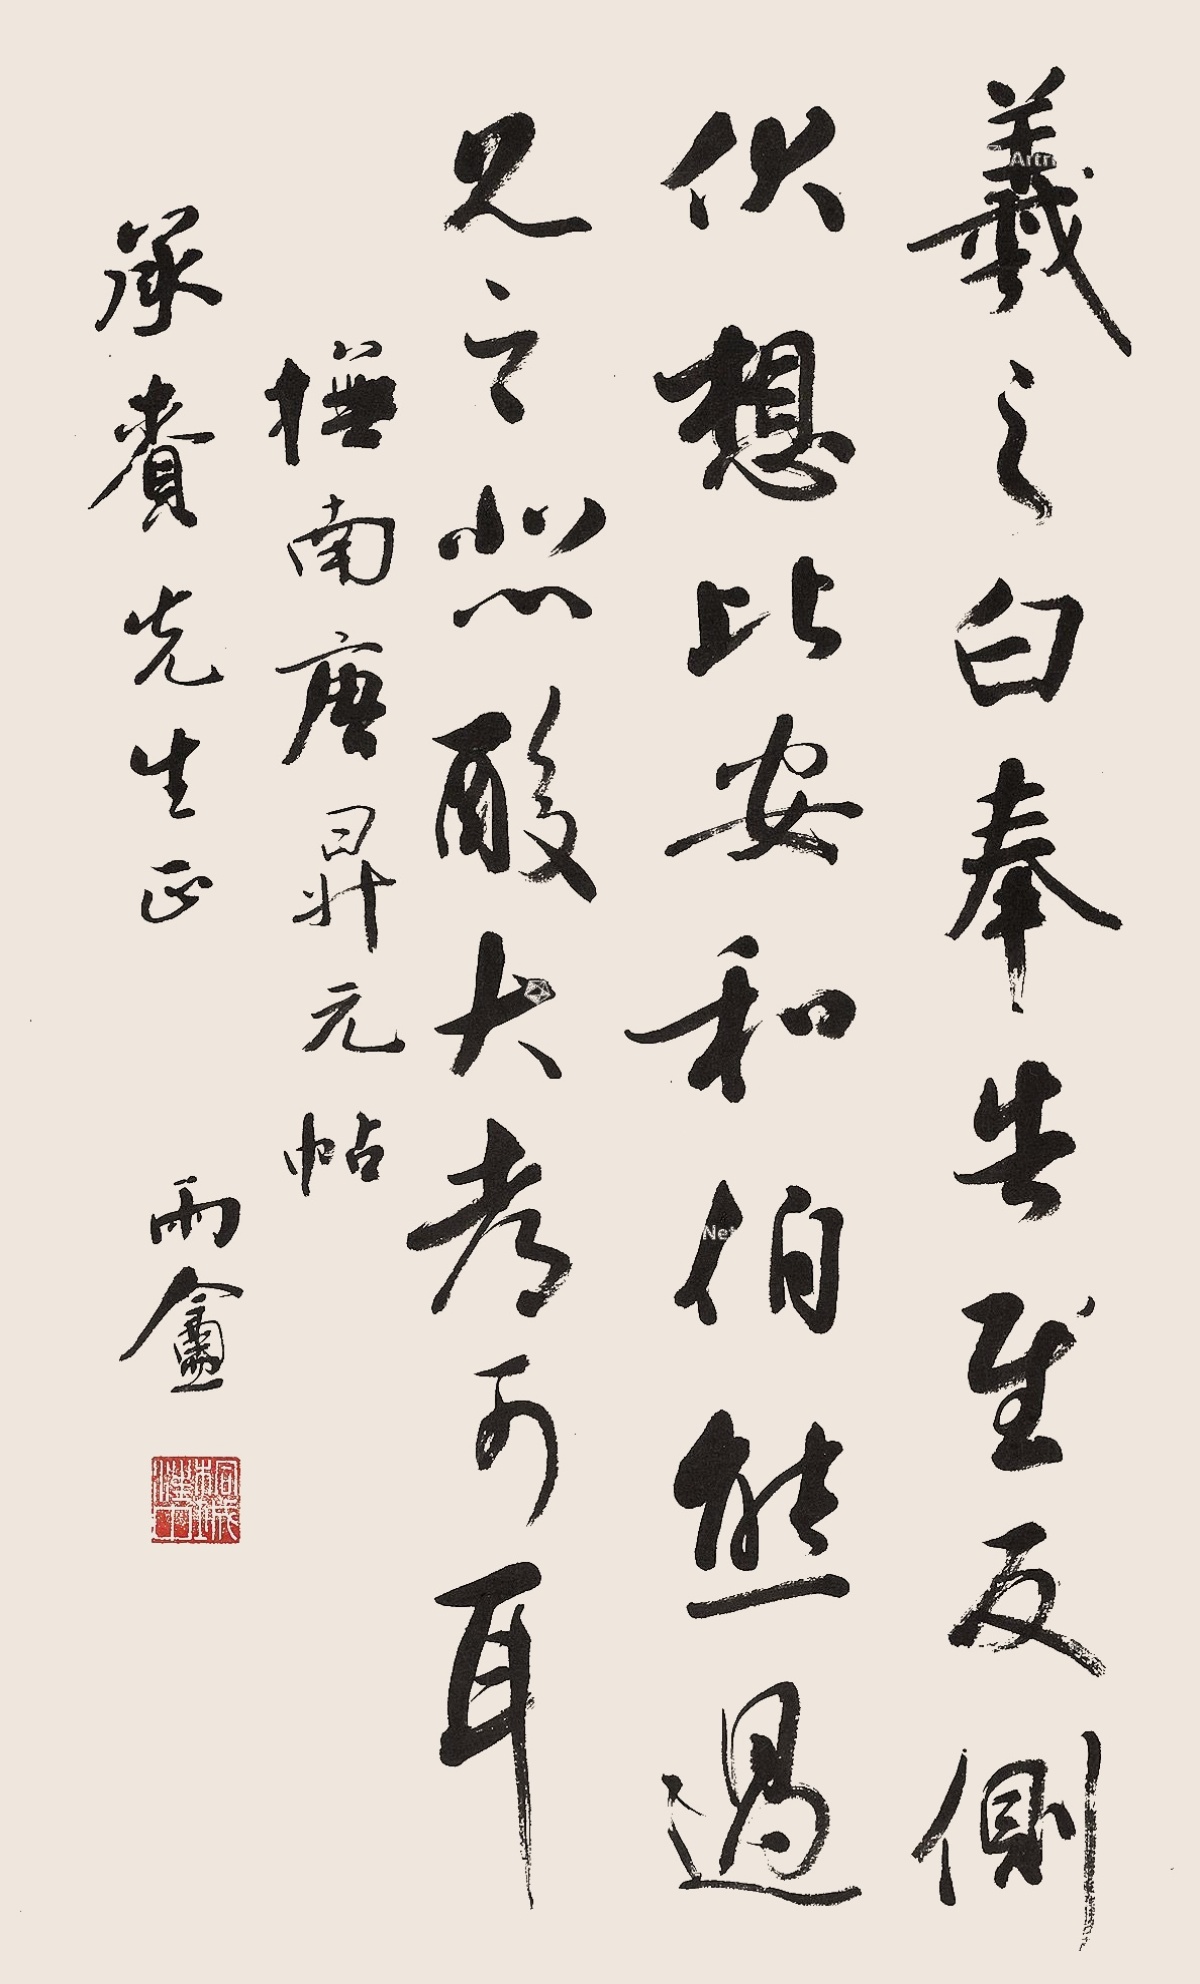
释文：羲之白，奉告慰，反侧。伏想比安和，伯熊过见之，悲酸，大都可耳。抚南唐升元帖，承赉先生正，雨盦。